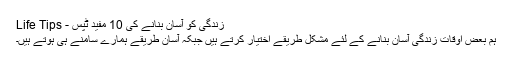
﻿ زندگی کو آسان بنانے کی 10 مفید ٹپس - Life Tips
ہم بعض اوقات زندگی آسان بنانے کے لئے مشکل طریقے اختیار کرتے ہیں جبکہ آسان طریقے ہمارے سامنے ہی ہوتے ہیں۔